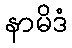
နာမိဒံ